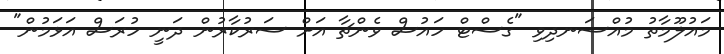
މައުލޫމާތު މުއްސަނދިވި "ގެސްޓް ހައުސް ވެންޗާ އަށް ސަރުކާރުން ދަނީ ހުރަސް އަޅަމުން"